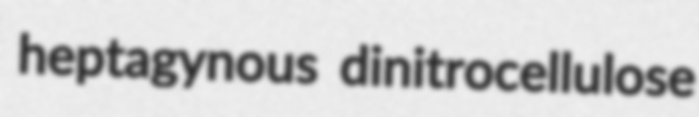
heptagynous dinitrocellulose